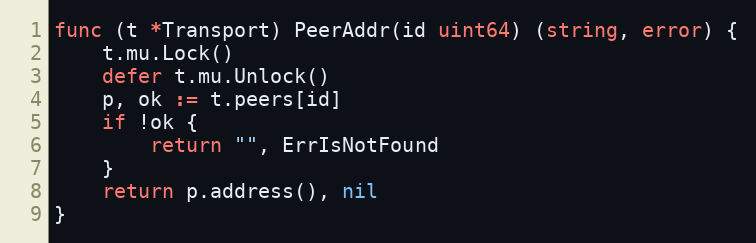
Language: Go
func (t *Transport) PeerAddr(id uint64) (string, error) {
	t.mu.Lock()
	defer t.mu.Unlock()
	p, ok := t.peers[id]
	if !ok {
		return "", ErrIsNotFound
	}
	return p.address(), nil
}